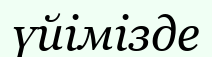
үйімізде